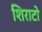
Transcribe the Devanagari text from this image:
शिराटो